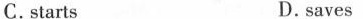
C. starts D. saves